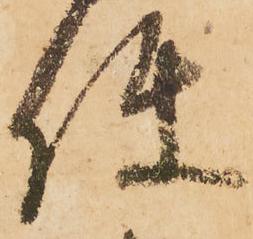
使